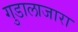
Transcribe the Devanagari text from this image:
गुडालाजारा